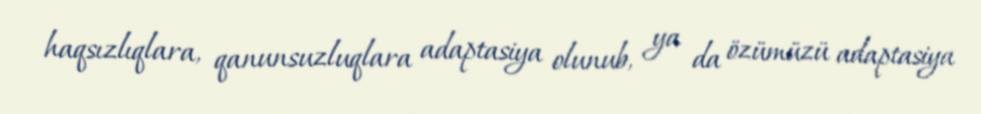
haqsızlıqlara, qanunsuzluqlara adaptasiya olunub, ya da özümüzü adaptasiya